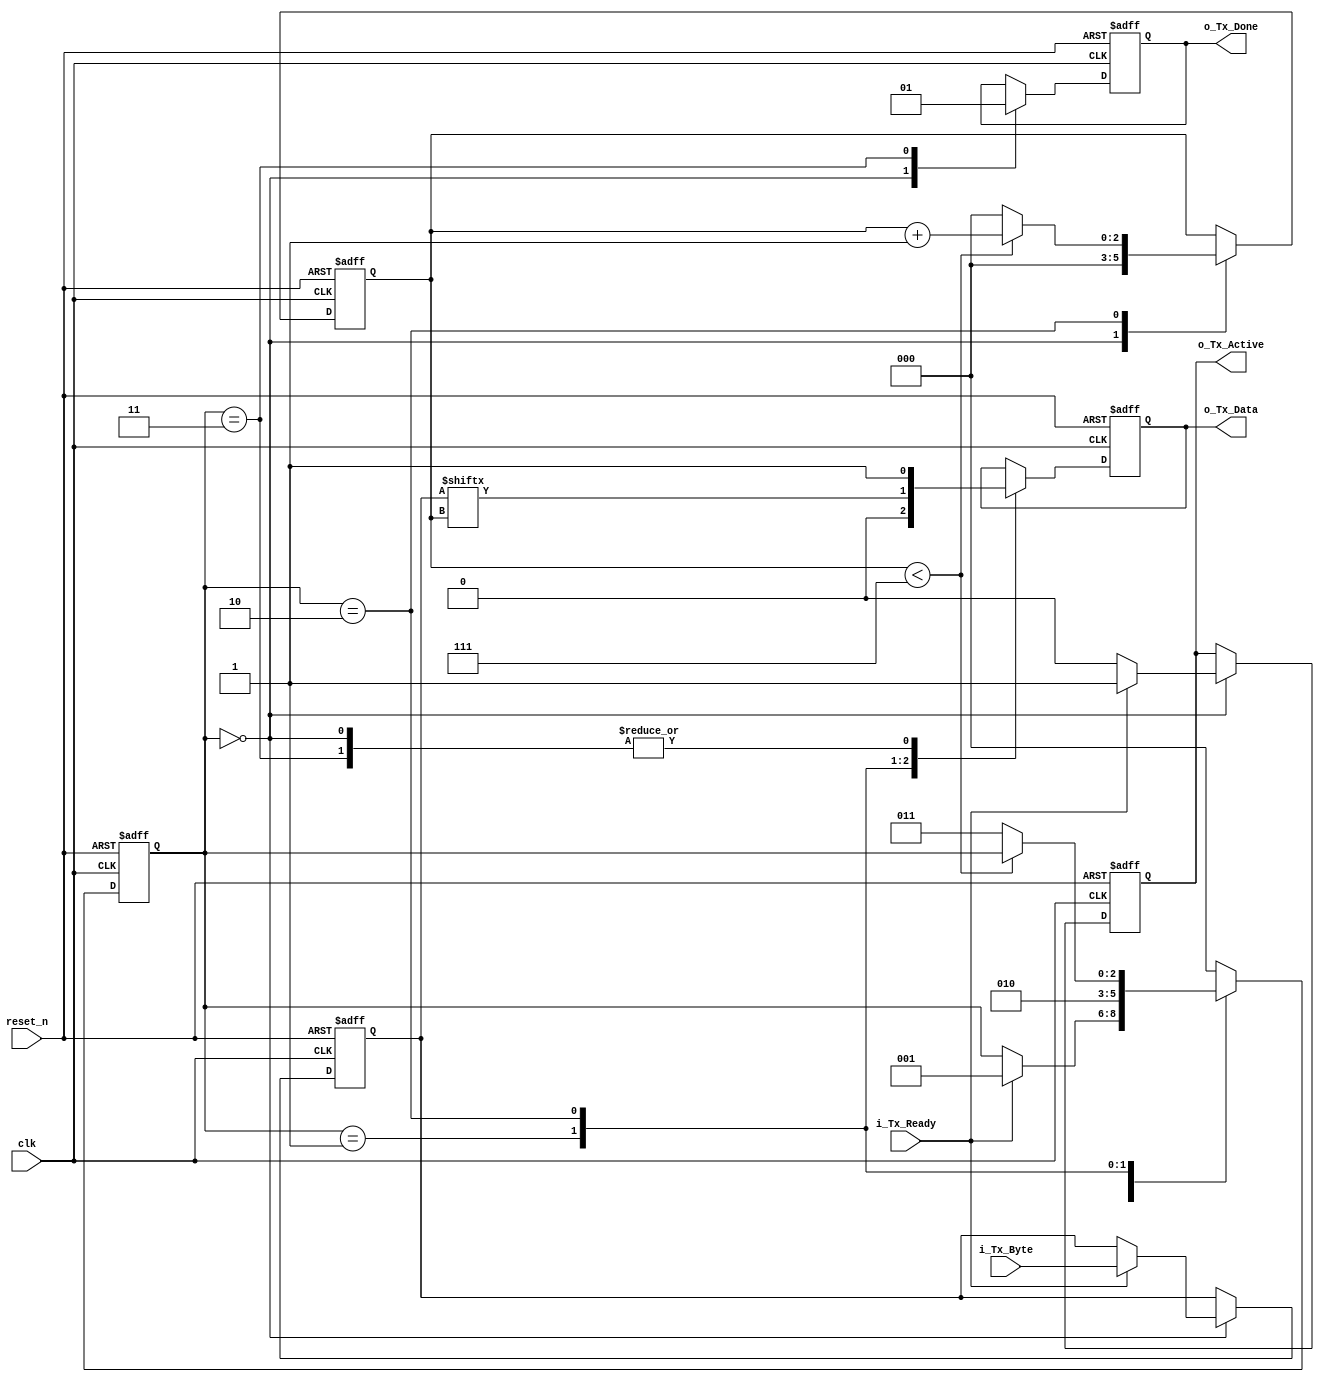
module uart_tx_controller(
    input              clk,
    input              reset_n,
    input [7:0]        i_Tx_Byte,
    input              i_Tx_Ready,
    output reg         o_Tx_Done,
    output reg         o_Tx_Active, // Asserted for 1 clk cycle after receiving one byte of data 
    output reg         o_Tx_Data
);

  localparam UART_TX_IDLE  = 3'b000,
             UART_TX_START = 3'b001,
             UART_TX_DATA  = 3'b010,
             UART_TX_STOP  = 3'b011;
  
  reg [2:0] r_Bit_Index;
  reg [2:0] r_State;
  reg [7:0] r_Tx_Byte;

  // UART TX Logic Implementation 
  always @(posedge clk or negedge reset_n) begin
    if (~reset_n) begin
      r_State <= UART_TX_IDLE;          
      r_Bit_Index <= 0;
      o_Tx_Done <= 1'b0;
      o_Tx_Data <= 1'b1;  
      o_Tx_Active <= 1'b0;
      r_Tx_Byte <= 8'b0;
    end else begin
      case (r_State)
        UART_TX_IDLE: begin       
          r_Bit_Index <= 0;
          o_Tx_Done <= 1'b0;
          o_Tx_Data <= 1'b1;
          o_Tx_Active <= 1'b0;
          if (i_Tx_Ready == 1'b1) begin
            r_State <= UART_TX_START;
            o_Tx_Active <= 1'b1;
            r_Tx_Byte <= i_Tx_Byte; // Latch the byte to transmit
          end
        end
        
        UART_TX_START: begin
          o_Tx_Data <= 1'b0; // Start bit
          r_State <= UART_TX_DATA;    
        end          
        
        UART_TX_DATA: begin
          o_Tx_Data <= r_Tx_Byte[r_Bit_Index];      
          if (r_Bit_Index < 7) begin
            r_Bit_Index <= r_Bit_Index + 1;
          end else begin
            r_Bit_Index <= 0;
            r_State <= UART_TX_STOP;
          end
        end        
          
        UART_TX_STOP: begin
          o_Tx_Data <= 1'b1; // Stop bit
          o_Tx_Done <= 1'b1;
          r_State <= UART_TX_IDLE;
        end           
          
        default: begin
          r_State <= UART_TX_IDLE;
        end
      endcase
    end
  end
endmodule